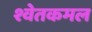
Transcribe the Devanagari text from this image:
श्वेतकमल